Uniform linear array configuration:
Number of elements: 16
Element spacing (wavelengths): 0.5
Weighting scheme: uniform
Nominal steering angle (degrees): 15
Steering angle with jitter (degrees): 14.691
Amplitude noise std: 0.05
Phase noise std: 0.05

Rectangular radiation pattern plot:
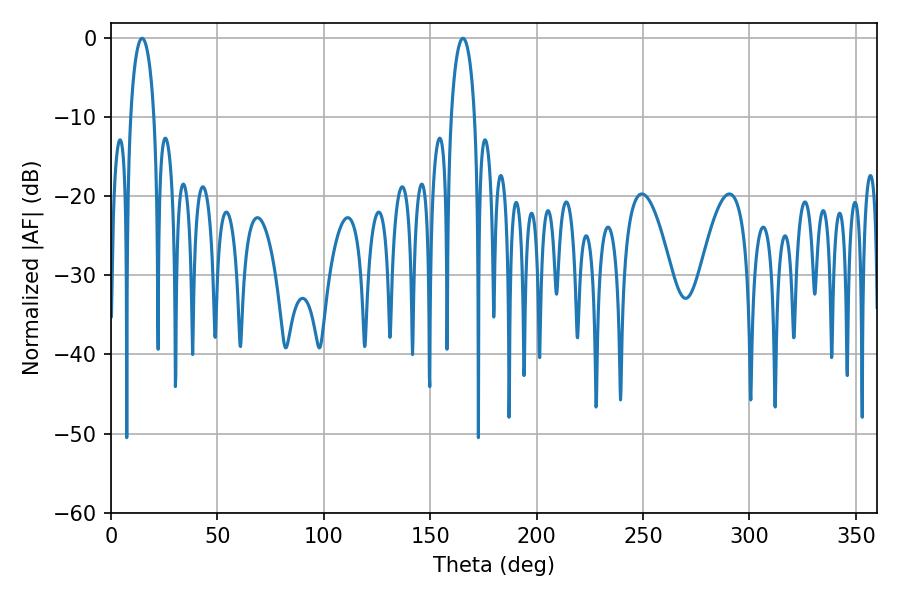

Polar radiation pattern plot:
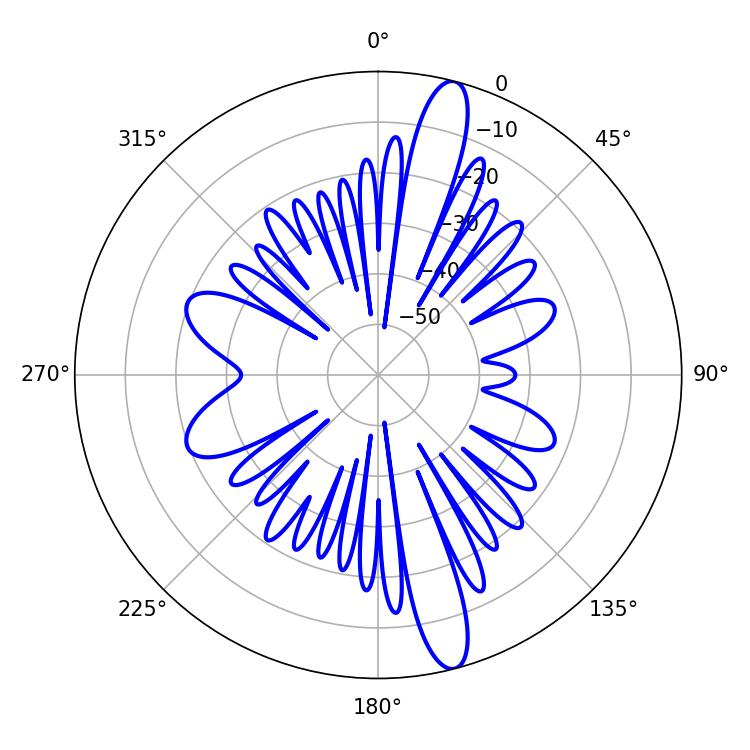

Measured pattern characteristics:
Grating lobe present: FALSE
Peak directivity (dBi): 15.176
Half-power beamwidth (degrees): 6.3
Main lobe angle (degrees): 14.58